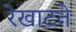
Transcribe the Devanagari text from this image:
रेखाटते